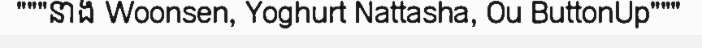
"""នាង Woonsen, Yoghurt Nattasha, Ou ButtonUp"""